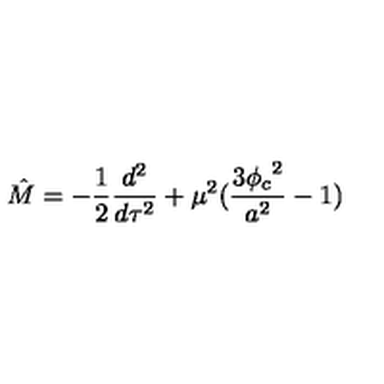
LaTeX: \hat { M } = - \frac { 1 } { 2 } \frac { d ^ { 2 } } { d \tau ^ { 2 } } + \mu ^ { 2 } ( \frac { 3 { \phi _ { c } } ^ { 2 } } { a ^ { 2 } } - 1 )